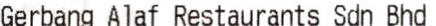
GERBANG ALAF RESTAURANTS SDN BHD